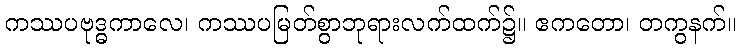
ကဿပဗုဒ္ဓကာလေ၊ ကဿပမြတ်စွာဘုရားလက်ထက်၌။ ဧကတော၊ တကွနက်။